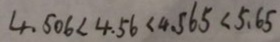
4 . 5 0 6 < 4 . 5 6 < 4 . 5 6 5 < 5 . 6 5